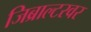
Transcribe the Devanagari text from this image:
जिब्राल्टरवर